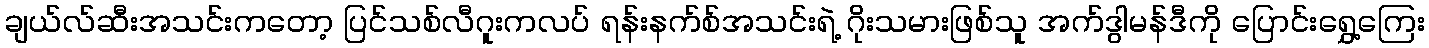
ချယ်လ်ဆီးအသင်းကတော့ ပြင်သစ်လီဂူးကလပ် ရန်းနက်စ်အသင်းရဲ့ ဂိုးသမားဖြစ်သူ အက်ဒွါမန်ဒီကို ပြောင်းရွှေ့ကြေး